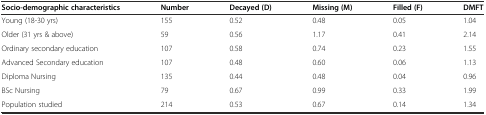
<table><thead><tr><td><b>Socio-demographic characteristics</b></td><td><b>Number</b></td><td><b>Decayed (D)</b></td><td><b>Missing (M)</b></td><td><b>Filled (F)</b></td><td><b>DMFT</b></td></tr></thead><tbody><tr><td>Young (18-30 yrs)</td><td>155</td><td>0.52</td><td>0.48</td><td>0.05</td><td>1.04</td></tr><tr><td>Older (31 yrs &amp; above)</td><td>59</td><td>0.56</td><td>1.17</td><td>0.41</td><td>2.14</td></tr><tr><td>Ordinary secondary education</td><td>107</td><td>0.58</td><td>0.74</td><td>0.23</td><td>1.55</td></tr><tr><td>Advanced Secondary education</td><td>107</td><td>0.48</td><td>0.60</td><td>0.06</td><td>1.13</td></tr><tr><td>Diploma Nursing</td><td>135</td><td>0.44</td><td>0.48</td><td>0.04</td><td>0.96</td></tr><tr><td>BSc Nursing</td><td>79</td><td>0.67</td><td>0.99</td><td>0.33</td><td>1.99</td></tr><tr><td>Population studied</td><td>214</td><td>0.53</td><td>0.67</td><td>0.14</td><td>1.34</td></tr></tbody></table>